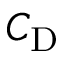
C _ { \mathrm { D } }